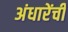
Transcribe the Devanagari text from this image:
अंधारेंची